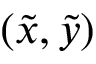
( \Tilde { x } , \Tilde { y } )